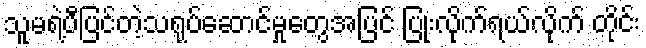
သူမရဲ့ပီပြင်တဲ့သရုပ်ဆောင်မှုတွေအပြင် ပြုံးလိုက်ရယ်လိုက် တိုင်း